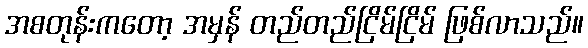
အစတုန်းကတော့ အမှန် တည်တည်ငြိမ်ငြိမ် ဖြစ်လာသည်။